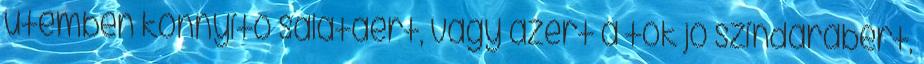
ütemben könnyítő salátáért, vagy azért a tök jó színdarabért,